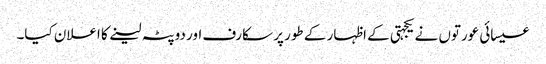
عیسائی عورتوں نے یکجہتی کے اظہار کے طور پر سکارف اور دوپٹہ لینے کا اعلان کیا۔